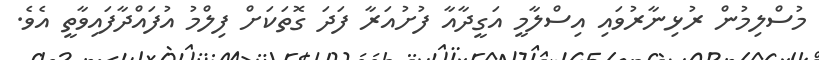
މުސްލިމުން ރުޅިނާރުވައި އިސްލާމީ އަގީދާއާ ފުށުއަރާ ފަދަ ގޮތަކަށް ފިލްމު އުފައްދާފައިވާތީ އެވެ.